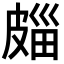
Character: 㿳